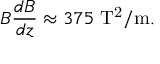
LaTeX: B { \frac { d B } { d z } } \approx 3 7 5 \ \mathrm { T ^ { 2 } / m } .